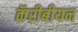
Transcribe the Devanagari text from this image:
कॅरीबीयन